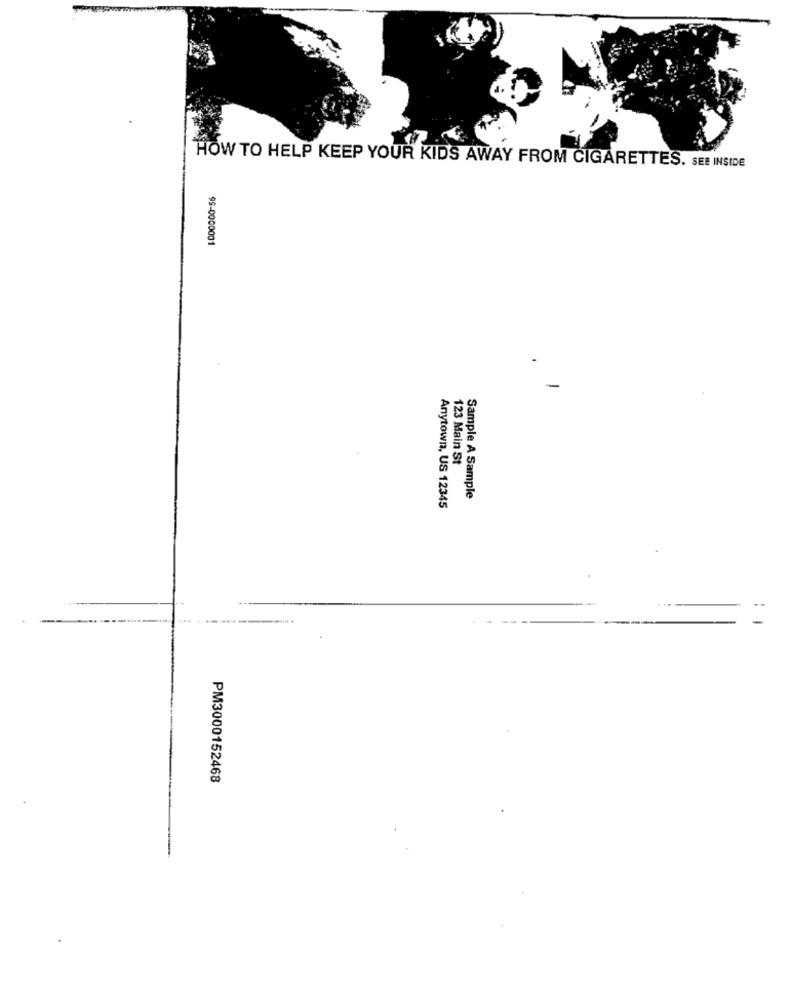
HOW TO HELP KEEP YOUR KIDS AWAY FROM CIGARETTES. SEE INSIDE
99-0000001
=
123 Main St
Sample A Sample
Anytown, US 12345
PM3000152468